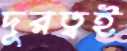
দূরত্বই